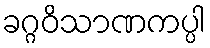
ခဂ္ဂဝိသာဏကပ္ပါ